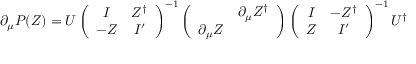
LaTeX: \partial _ { \mu } P ( Z ) = U \left( \begin{array} { c c } { { I } } & { { Z ^ { \dag } } } \\ { { - Z } } & { { I ^ { \prime } } } \end{array} \right) ^ { - 1 } \left( \begin{array} { c c } { { } } & { { \partial _ { \mu } Z ^ { \dag } } } \\ { { \partial _ { \mu } Z } } & { { } } \end{array} \right) \left( \begin{array} { c c } { { I } } & { { - Z ^ { \dag } } } \\ { { Z } } & { { I ^ { \prime } } } \end{array} \right) ^ { - 1 } U ^ { \dag }